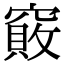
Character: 𥨇